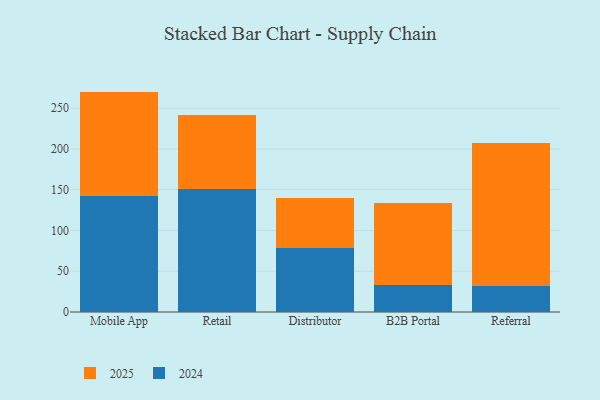
{"axis": {"x": "Channel", "y": "Market Share (%)"}, "legend": ["2024", "2025"], "data": [{"x": "Mobile App", "y": 142.6, "type": "2024"}, {"x": "Mobile App", "y": 127.8, "type": "2025"}, {"x": "Retail", "y": 151.3, "type": "2024"}, {"x": "Retail", "y": 91.0, "type": "2025"}, {"x": "Distributor", "y": 78.8, "type": "2024"}, {"x": "Distributor", "y": 61.6, "type": "2025"}, {"x": "B2B Portal", "y": 33.6, "type": "2024"}, {"x": "B2B Portal", "y": 99.6, "type": "2025"}, {"x": "Referral", "y": 31.7, "type": "2024"}, {"x": "Referral", "y": 175.8, "type": "2025"}]}